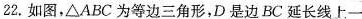
22.如图，\triangle ABC为等边三角形，D是边BC延长线上一